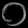
Digit: ၀